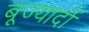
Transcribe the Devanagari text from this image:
बूज्यार्दो